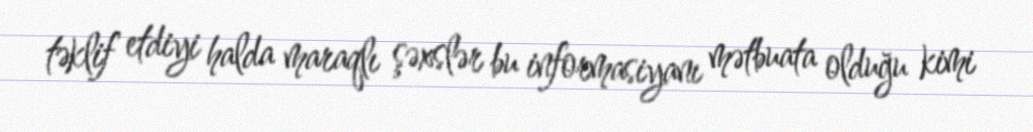
təklif etdiyi halda maraqlı şəxslər bu informasiyanı mətbuata olduğu kimi